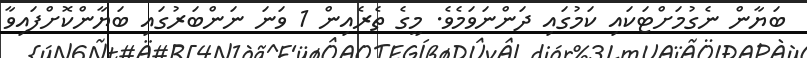
ބަޔާން ނެގުމަށްޓަކައި ކަމުގައި ދަންނަވަމެވެ. މީގެ ތެރެއިން 1 ވަނަ ނަންބަރުގައި ބަޔާންކޮށްފައިވާ